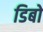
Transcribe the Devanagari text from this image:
डिबो